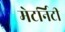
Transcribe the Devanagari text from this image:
मेटर्निटी